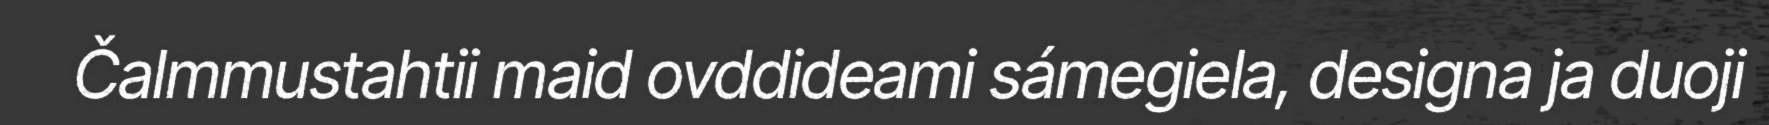
Čalmmustahtii maid ovddideami sámegiela, designa ja duoji